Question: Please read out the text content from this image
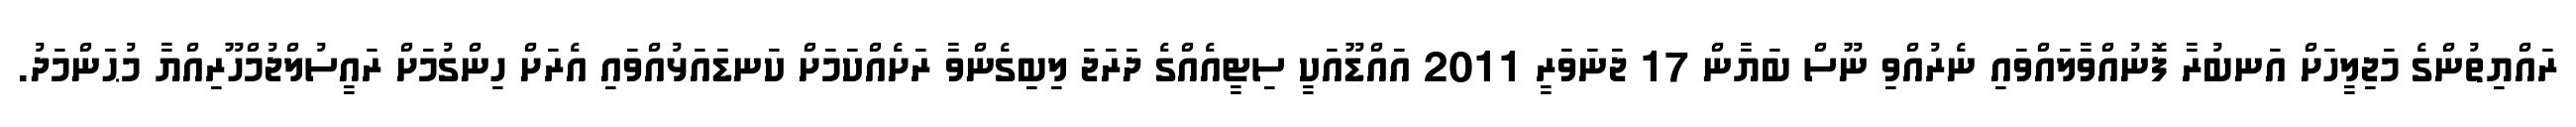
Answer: ރައްޔިތުންގެ މަޖިލީހަށް އަނބުރާ ފޮނުއްވާލައްވައި ނެރުއްވި ނޫސް ބަޔާން 17 ޖަނަވަރީ 2011 އައްޑޫއަކީ ސިޓީއެއްގެ ދަރަޖަ ލިބިގެންވާ ރަށެއްކަމަށް ކަނޑައަޅުއްވައި އެރަށް ހިންގުމަށް ރައީސުލްޖުމްހޫރިއްޔާ މުޙަންމަދު.